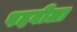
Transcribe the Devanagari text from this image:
पदवीला